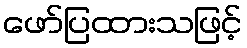
ဖော်ပြထားသဖြင့်